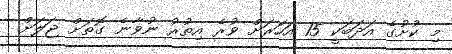
މި ކުށުގެ އަދަބަކީ 15 އަހަރަށް ވުރެ އިތުރު ނުވާނެ ގޮތަށް ޖަލަށް